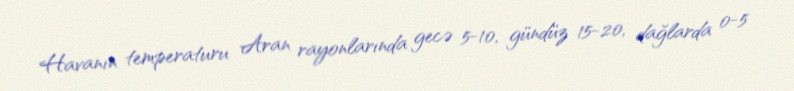
Havanın temperaturu Aran rayonlarında gecə 5-10, gündüz 15-20, dağlarda 0-5